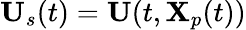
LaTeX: \mathbf{U}_{s}(t)=\mathbf{U}(t,\mathbf{X}_{p}(t))